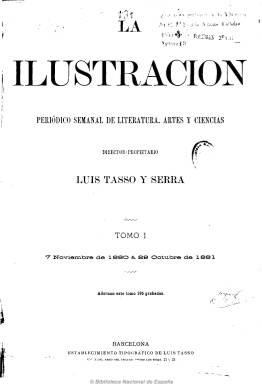
Título: La Ilustración (Barcelona)
Colección: Revistas de información general
Ámbito geográfico: Barcelona
Lugar de publicación: Barcelona
Fechas: 07/11/1880-28/12/1890

Publicación editada y dirigida por Luis Tasso Serra, propietario de la imprenta que había heredado de su padre, Luis Tasso y Gorialons (1817-1880), un menorquín que estableció en 1847 uno de los talleres tipográficos y de fotograbado más importantes de la época en Barcelona. Subtitulada “periódico semanal de literatura, artes, ciencias y viajes”, apareció su primer número el siete de noviembre de 1880, cuatro meses después de aparecer La ilustració catalana, y en febrero de 1885 (números 222 a 225) publicó uno de los primeros reportajes del fotoperiodismo español, obra de Heribert Mariezcurrena (1846-1898), que fue enviado por la revista como fotógrafo de los desastres ocasionados por el terremoto de Andalucía de ese año.

De ocho páginas por número, fue una típica “ilustración” de la segunda mitad del siglo diecinueve, con crónicas o revistas locales de Barcelona, pero también de Madrid y del extranjero, y de ciencias políticas, así como textos de creación literaria (novelas, leyendas, etc.) y poemas, y artículos variados de historia, sociología, biografías, bibliografía, inventos, variedades, traducciones, etc., y con la correspondiente sección de “Nuestros grabados”, en donde se los describe.

En sus páginas aparecen numerosas ilustraciones, dibujos, retratos, vistas, paisajes, monumentos, edificios, cuadros, escenas y tipos pintorescos, de costumbres e históricos, reproducciones de obras pictóricas, alegorías, pero también relativas a la actualidad política, social, cultural, industrial, etc. Utilizó el sistema mixto de bojes y fotograbados y empleó por vez primera en España el grabado directo, además de publicar xilografías, grabados del natural y láminas a toda página, originales e inéditas en España de las que importaba.

Además del ya citado grabador y fotógrafo Mairezcurrena,  se dieron cita en sus páginas dibujantes y grabadores como su compañero Miquel Juaristi; F. Ferrer, autor del grabado de la cabecera sobre un dibujo de Josep Presno; Francesc Xavier Brangulí, Joan Romeu, Enric Gómez Polo, Eugenio Vela, Manuel P. Pérez Martínez, Ramón Canudas, Celestí Sadurní, Feliu Elías, Antoni Artigas, Agustí Traver o Heliodoro Paya.

Escribieron en sus páginas Manuel Ossorio Bernard, Julio Nombela (autor de la Revista de Madrid), Melchor Palau, Ramón Péres, Federico Rahola, Ventura Ruiz Aguilera, José María Serrate, Luis Vidart, Jose Juan Jaumeandreu (autor de la revista de Barcelona) y Emilia Pardo Bazán, entre otros muchos.

Sus contenidos fueron relativos tanto a Barcelona como a Cataluña, como a otras partes de España, contando con fotógrafos corresponsales en capitales de provincia y en el extranjero.

A partir de 1885 amplía sus números hasta las dieciséis páginas, utilizando para su impresión un papel de calidad superior, y acompañando a la cabecera el subtítulo de “revista hispano-americana”, dando sentido así también tanto a parte de sus contenidos como a los suscriptores que pudiera tener en ese continente.

Edita bajo esta cabecera un total de 530 números, hasta el 28 de diciembre de 1890, y con el título La ilustración hispano-americana, editará los números 531 al 582, hasta el 31 de diciembre de 1891 (véase este título en esta misma Hemeroteca Digital de la BNE). Al comienzo de cada tomo anual suele publicar un índice de autores y otro de láminas.

Francesc Fontbona, Juan Miguel Sánchez Vigil y Romá Arranz (a través de una tesis) han estudiado, entre otros, esta revista ilustrada.